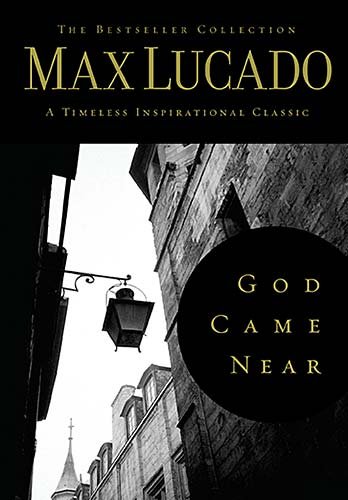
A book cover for God Came Near (The Bestseller Collection); Max Lucado; Christian Books & Bibles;